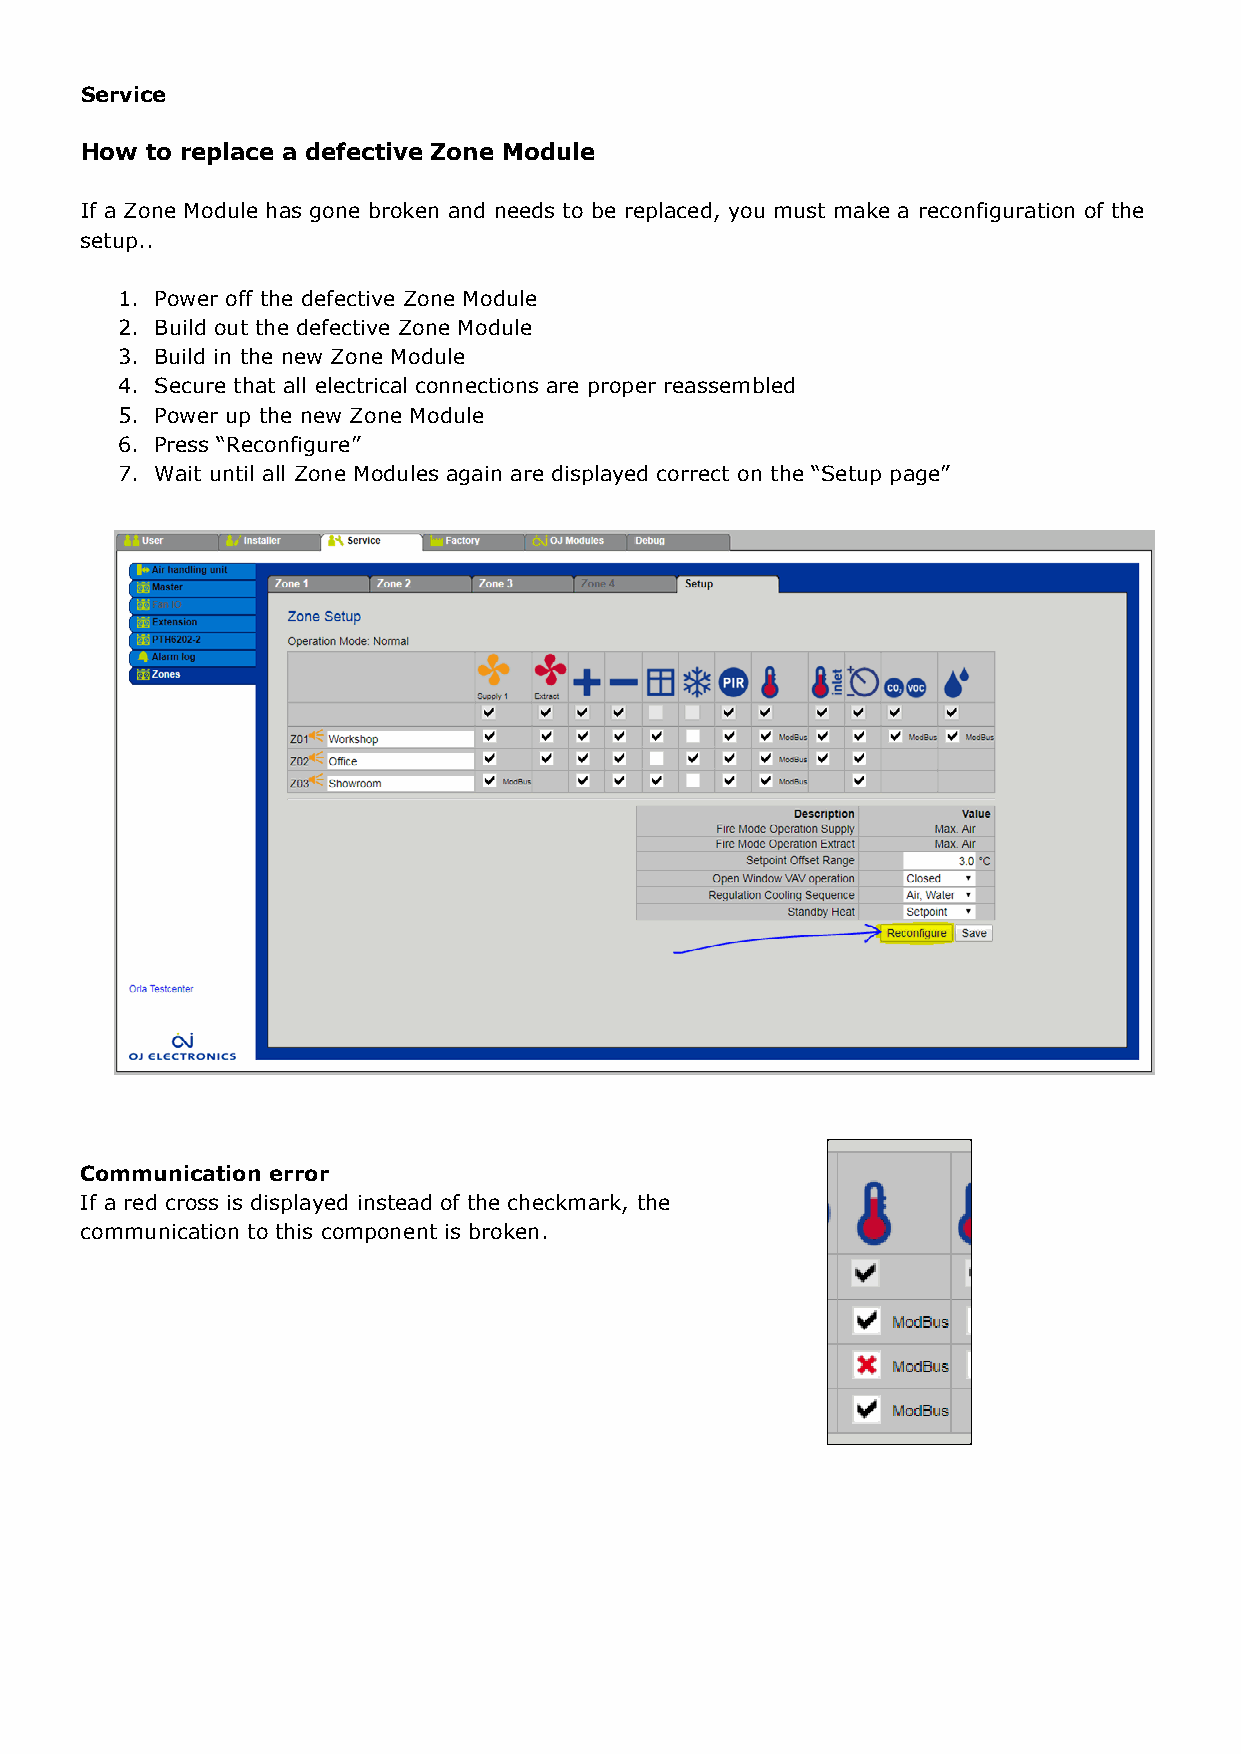
Service
 How  to replace a defective Zone Module
 If a Zone Module has gone broken and needs to be replaced, you must make a reconfiguration of the
 setup..
 1. Power off the defective Zone Module
 2. Build out the defective Zone Module
 3. Build in the new Zone Module
 4. Secure that all electrical connections are proper reassembled
 5. Power up the new Zone Module
 6. Press “Reconfigure”
 7. Wait until all Zone Modules again are displayed correct on the “Setup page”
 Communication error
 If a red cross is displayed instead of the checkmark, the
 communication to this component is broken.